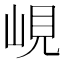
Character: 峴